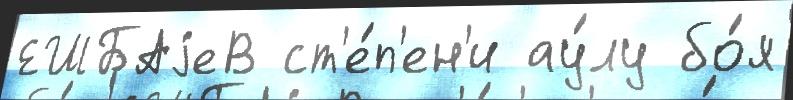
ЕШБАjеВ ст'е́п'ен'и ау́лу бо́я